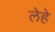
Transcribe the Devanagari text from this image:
लेहे